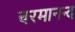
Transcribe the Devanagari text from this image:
चरमानन्द